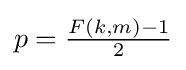
p={\tfrac {F(k,m)-1}{2}}